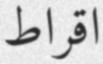
اقراط